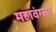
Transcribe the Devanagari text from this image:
महावंग्सा